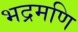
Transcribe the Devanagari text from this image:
भद्रमणि